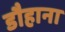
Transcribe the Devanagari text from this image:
डौहाना